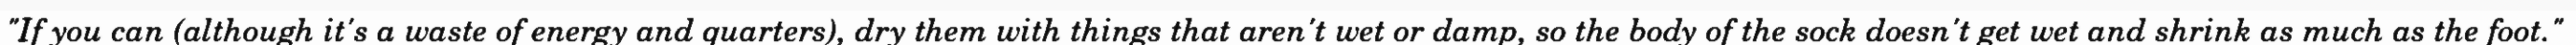
"If you can (although it's a waste of energy and quarters), dry them with things that aren't wet or damp, so the body of the sock doesn't get wet and shrink as much as the foot."